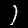
Label: 1